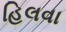
હિલવા